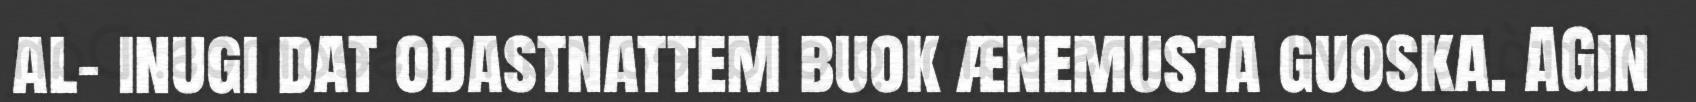
al- inugi dat odastnattem buok ænemusta guoska. AGin